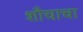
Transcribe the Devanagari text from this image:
शौचाचा